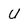
Character: U